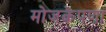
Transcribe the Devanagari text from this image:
मोजकेपणा